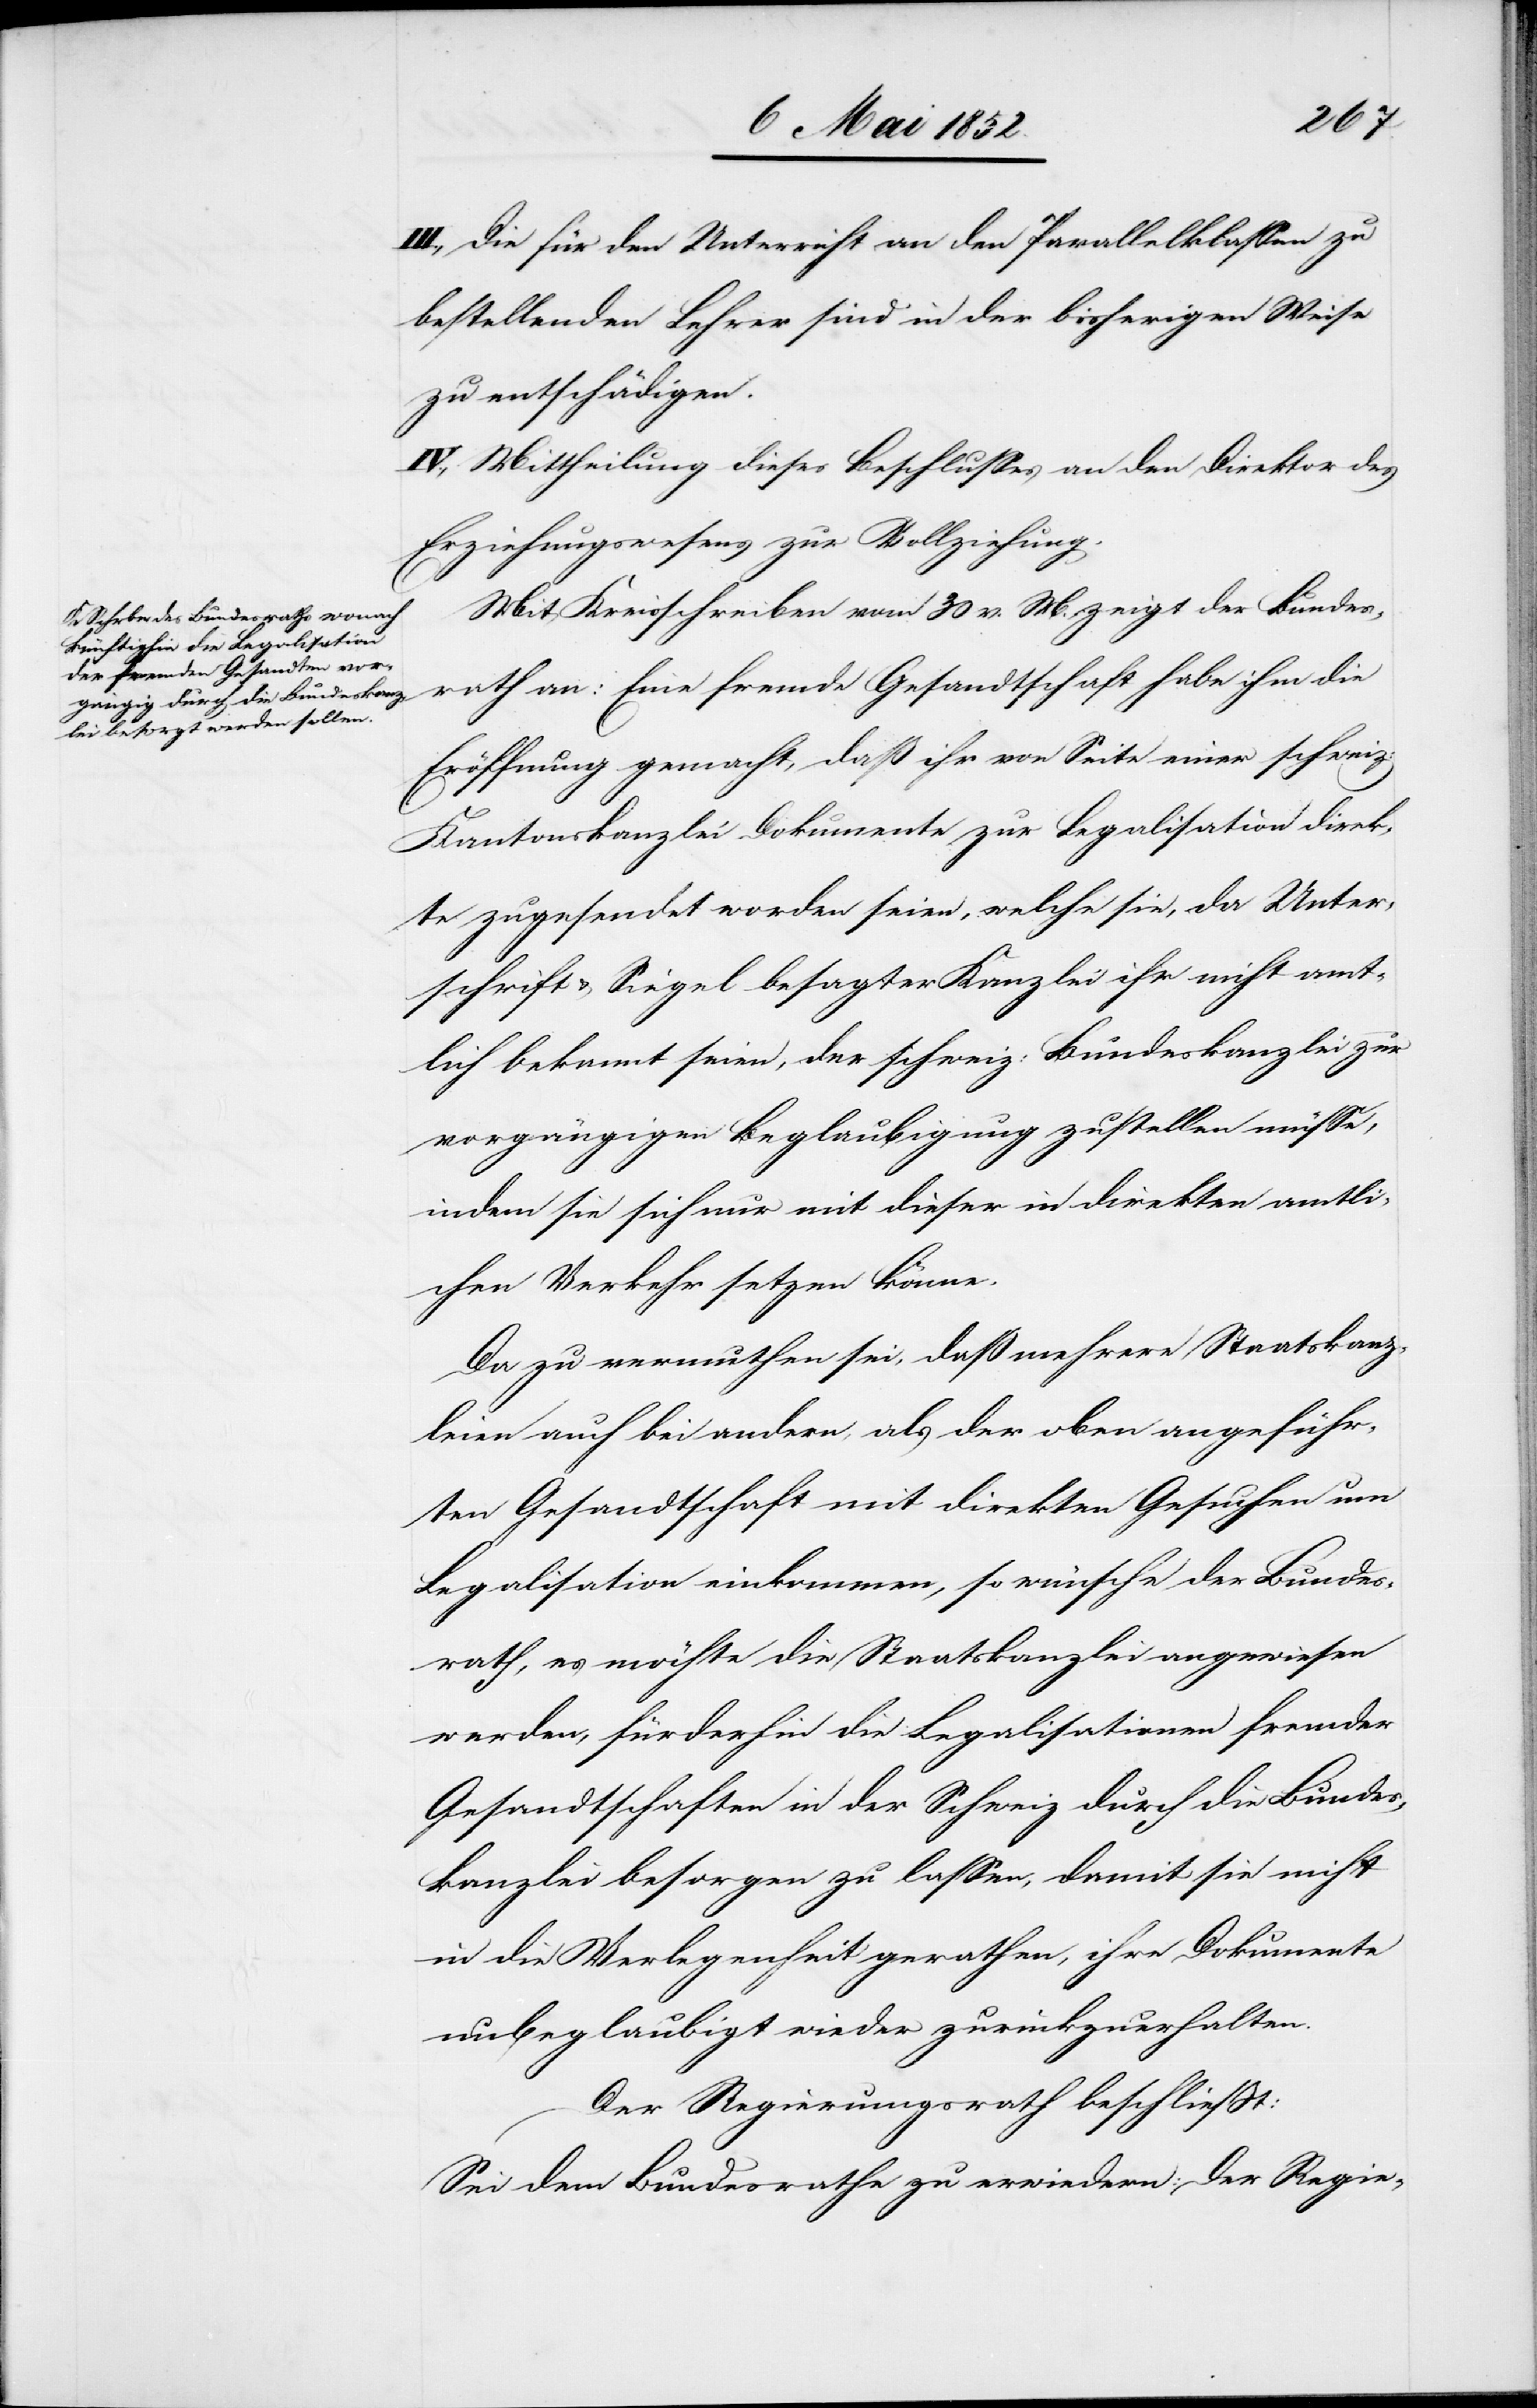
III., Die für den Unterricht an den Parallelklassen zu
bestellenden Lehrer sind in der bisherigen Weise
zu entschädigen.
IV., Mittheilung dieses Beschlusses an den Direktor des
Erziehungswesens zur Vollziehung.
Mit Kreisschreiben vom 30 v. M. zeigt der Bundes¬
rath an: Eine fremde Gesandtschaft habe ihm die
Eröffnung gemacht, daß ihr von Seite einer schweiz:
Kantonskanzlei Dokumente zur Legalisation direk¬
te zugesendet worden seien, welche sie, da Unter¬
schrift & Siegel besagter Kanzlei ihr nicht amt¬
lich bekannt seien, der schweiz: Bundeskanzlei zur
vorgängigen Beglaubigung zustellen müsse,
indem sie sich nur mit dieser in direkten amtli¬
chen Verkehr setzen könne.
Da zu vermuthen sei, daß mehrere Staatskanz¬
leien auch bei andern, als der oben angeführ¬
ten Gesandtschaft mit direkten Gesuchen um
Legalisation einkommen, so wünsche der Bundes¬
rath, es möchte die Staatskanzlei angewiesen
werden, fürderhin die Legalisationen fremder
Gesandtschaften in der Schweiz durch die Bundes¬
kanzlei besorgen zu lassen, damit sie nicht
in die Verlegenheit gerathen, ihre Dokumente
unbeglaubigt wieder zurückzuerhalten.
Der Regierungsrath beschliesst:
Sei dem Bundesrathe zu erwiedern: Der Regie-